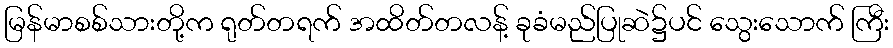
မြန်မာစစ်သားတို့က ရုတ်တရက် အထိတ်တလန့် ခုခံမည်ပြုဆဲ၌ပင် သွေးသောက် ကြီး